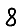
Digit: 8